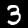
Digit: 3